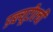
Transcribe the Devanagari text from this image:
डब्ल्यूटीएची